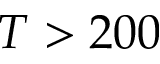
T > 2 0 0